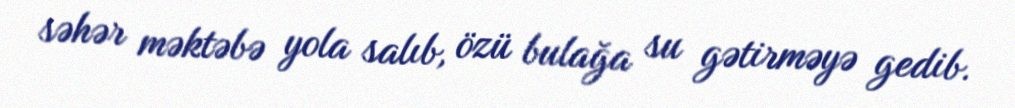
səhər məktəbə yola salıb, özü bulağa su gətirməyə gedib.